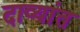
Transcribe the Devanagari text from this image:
दाव्यांत